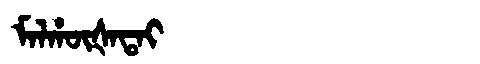
Manchu: ᠮᠠᠯᡥᡡᡧᠠᡨᠠᡳ
Romanization: MALHŪŠATAI